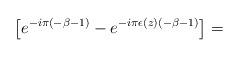
LaTeX: \begin{align*}\left[e^{-i\pi(-\beta-1)}-e^{-i\pi\epsilon(z)(-\beta-1)}\right]=\end{align*}